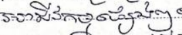
អាជីវកម្មផ្សេងៗ